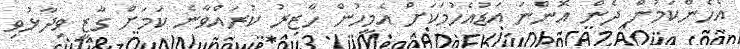
އެހެންކަމުން ދެން އޮންނަ އަޑުއެހުމަކަށް އެމީހުން ހާޒިރު ކުރައްވާނެ ކަމަށް ގާޒީ ވިދާޅުވި